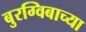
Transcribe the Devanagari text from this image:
बुरग्विबाच्या